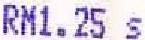
RM1.25 S